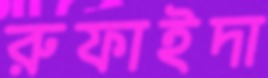
রুফাইদা